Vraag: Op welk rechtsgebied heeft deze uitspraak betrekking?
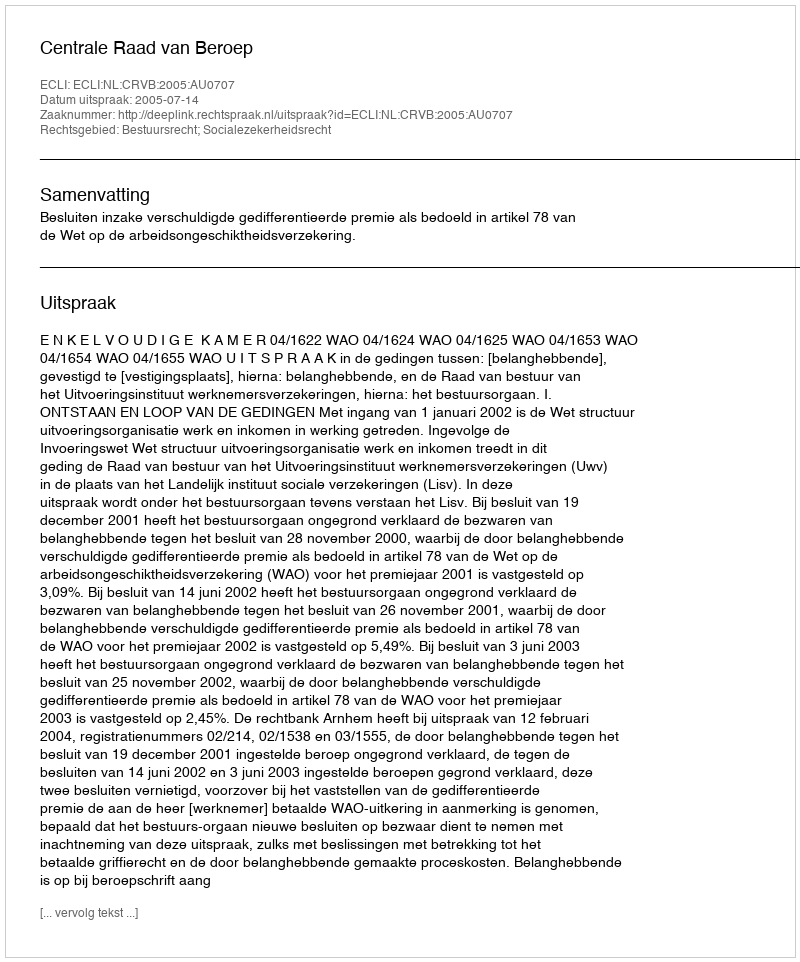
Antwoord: Bestuursrecht; Socialezekerheidsrecht